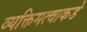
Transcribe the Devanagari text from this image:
व्यक्तिमत्वाकडे